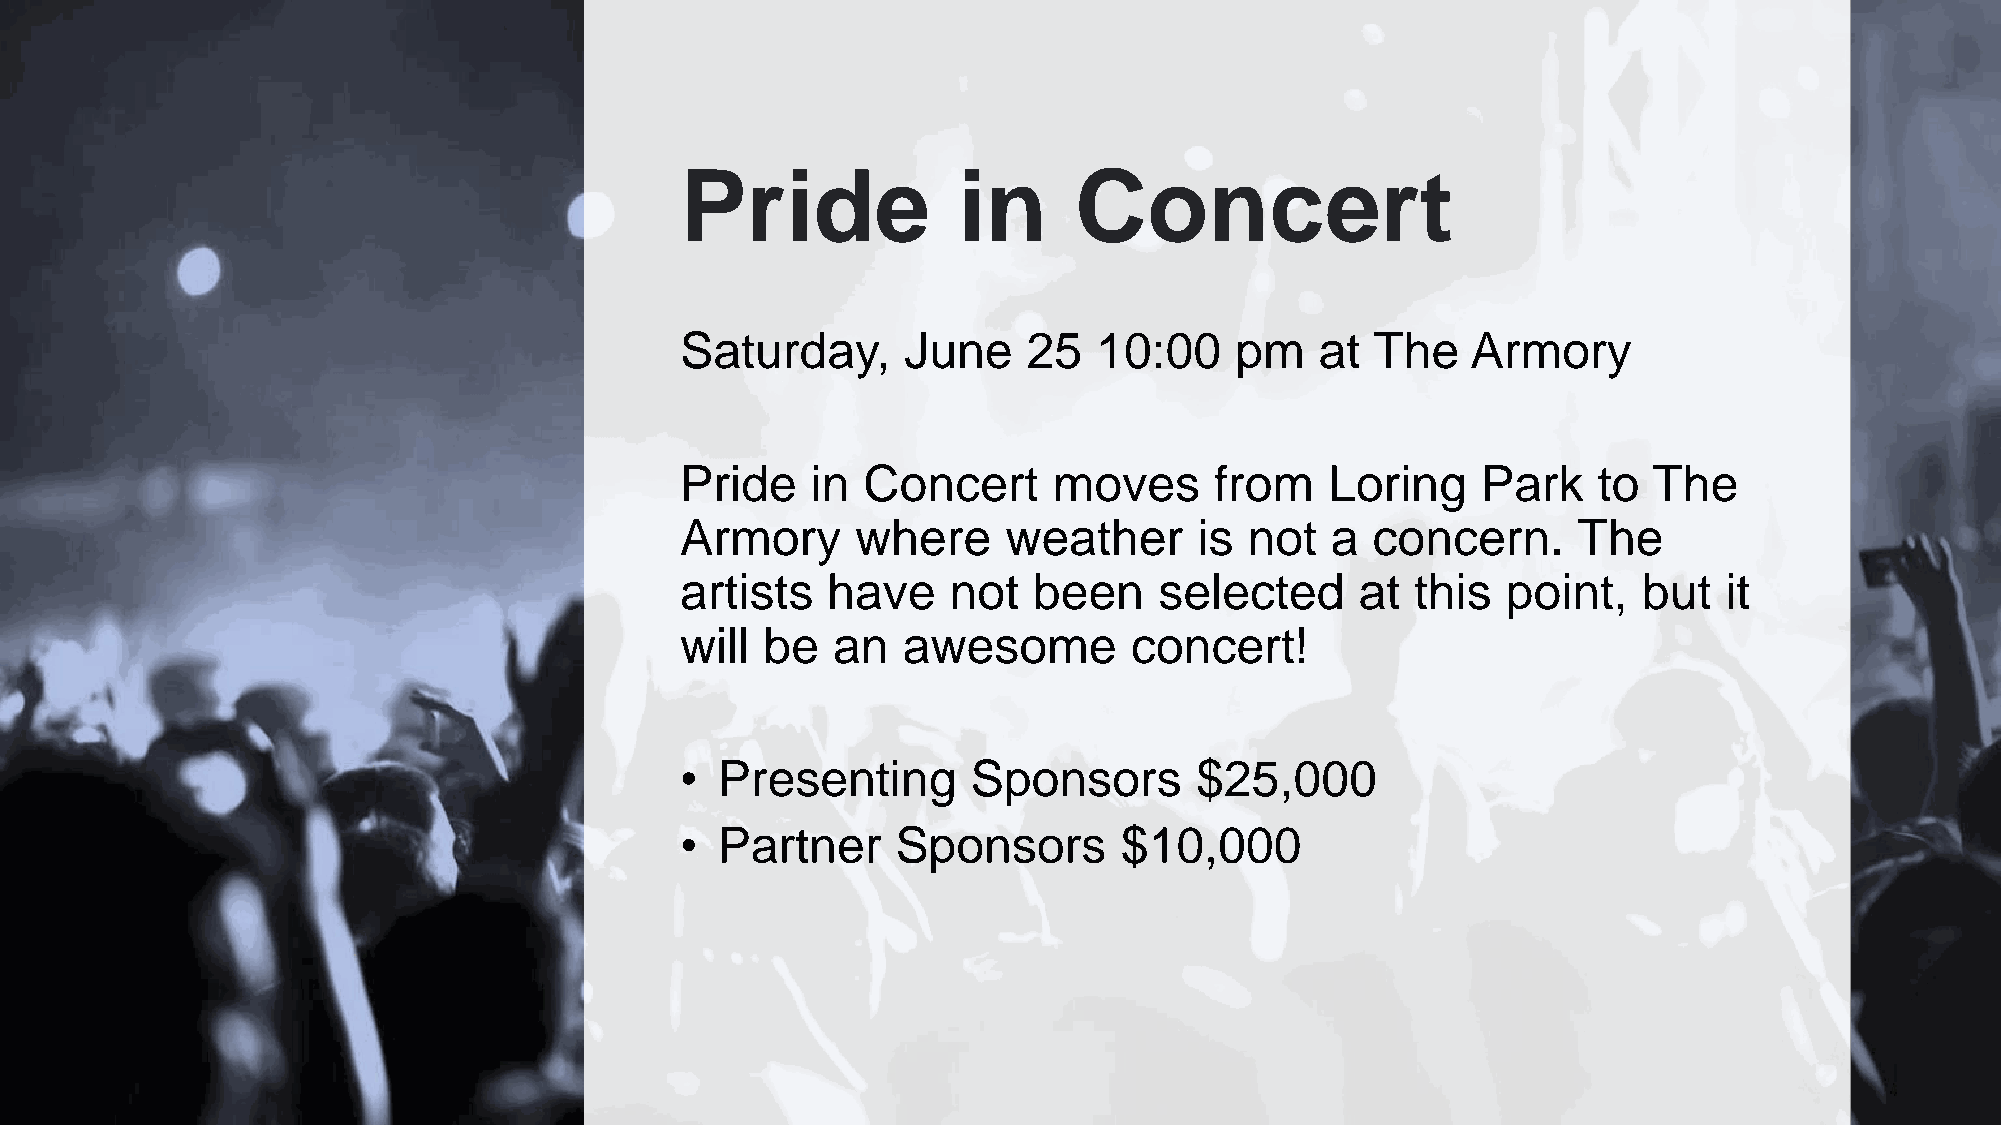
Pride             in      Concert
 Saturday,      June    25   10:00    pm   at  The   Armory
 Pride    in Concert      moves     from    Loring    Park    to The
 Armory      where     weather     is  not  a  concern.     The
 artists   have    not  been     selected     at  this  point,   but  it
 will  be  an   awesome        concert!
 • Presenting       Sponsors       $25,000
 • Partner     Sponsors       $10,000